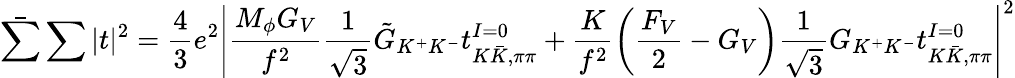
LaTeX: \bar{\sum}\sum|t|^{2}=\frac{4}{3}e^{2}\left|\frac{M_{\phi}G_{V}}{f^{2}}\frac{1}{\sqrt{3}}\tilde{G}_{K^{+}K^{-}}t_{K\bar{K},\pi\pi}^{I=0}+\frac{K}{f^{2}}\left(\frac{F_{V}}{2}-G_{V}\right)\frac{1}{\sqrt{3}}G_{K^{+}K^{-}}t_{K\bar{K},\pi\pi}^{I=0}\right|^{2}